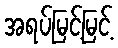
အရပ်မြင့်မြင့်